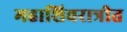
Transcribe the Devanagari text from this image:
महाशिवरात्रीत